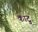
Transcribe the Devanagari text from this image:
काटु